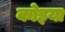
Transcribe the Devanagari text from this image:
कोइया